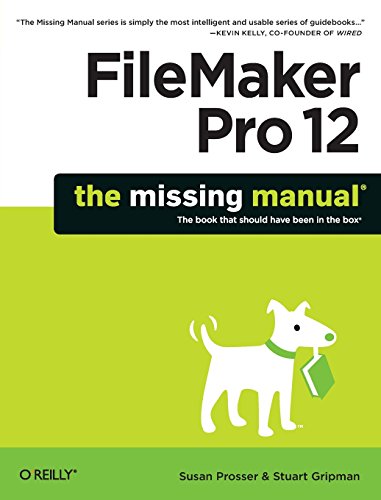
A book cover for FileMaker Pro 12: The Missing Manual (Missing Manuals); Susan Prosser; Computers & Technology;